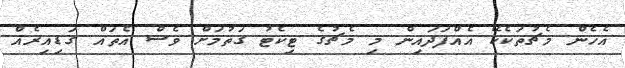
އެހެން މެޗުތަކެކޭ އެއްފަދައިން މި މެޗުގެ ޓިކެޓު ގަތުމަށް ވެސް އެތައް ގަޑިއިރެއް